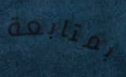
بمتابعة